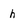
Character: h